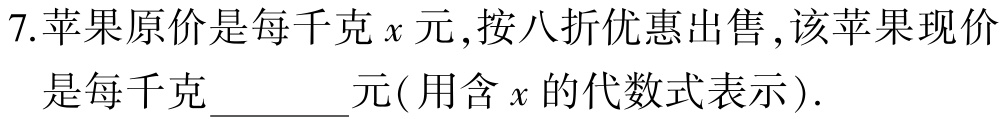
7.苹果原价是每千克\(x\)元,按八折优惠出售,该苹果现价是每千克______元(用含\(x\)的代数式表示).